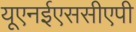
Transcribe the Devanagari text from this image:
यूएनईएससीएपी